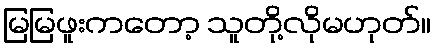
မြမြဖူးကတော့ သူတို့လိုမဟုတ်။